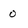
Character: 0